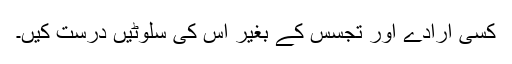
کسی ارادے اور تجسس کے بغیر اس کی سلوٹیں درست کیں۔